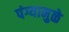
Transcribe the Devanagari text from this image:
पंग्यामुळे